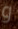
و